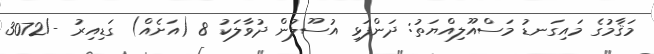
މަޤާމުގެ މައިގަނޑު މަސްއޫލިއްޔަތު: ދަންފަޅި އުސޫލުން ދުވާލަކު 8 (އަށެއް) ގަޑިއިރު -/3072